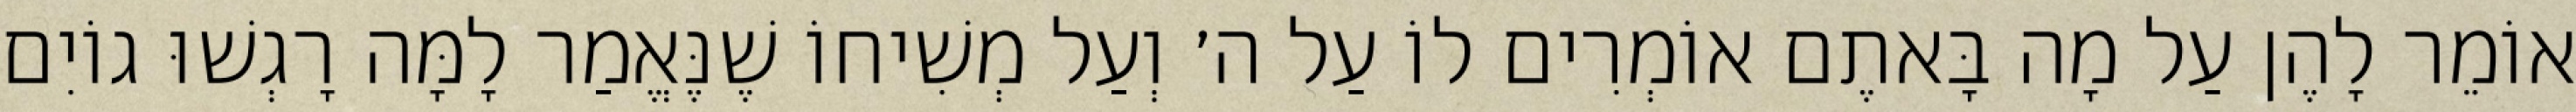
אוֹמֵר לָהֶן עַל מָה בָּאתֶם אוֹמְרִים לוֹ עַל ה׳ וְעַל מְשִׁיחוֹ שֶׁנֶּאֱמַר לָמָּה רָגְשׁוּ גוֹיִם